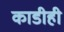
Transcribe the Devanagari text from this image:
काडीही